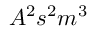
A ^ { 2 } s ^ { 2 } m ^ { 3 }